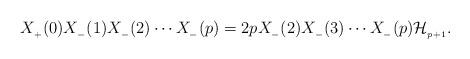
LaTeX: \begin{align*}X_{_{+}}(0)X_{_{-}}(1)X_{_{-}}(2) \cdots X_{_{-}}(p)=2pX_{_{-}}(2)X_{_{-}}(3) \cdots X_{_{-}}(p){\cal H}_{_{p+1}}.\end{align*}